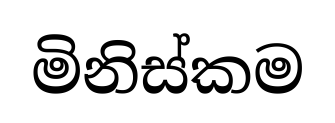
මිනිස්කම